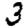
Digit: 3